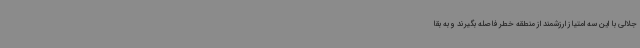
جلالی با این سه امتیاز ارزشمند از منطقه خطر فاصله بگیرند و به بقا